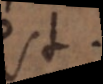
est.